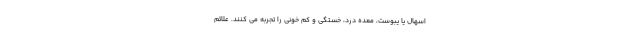
اسهال یا یبوست، معده درد، خستگی و کم خونی را تجربه می کنند. علائم